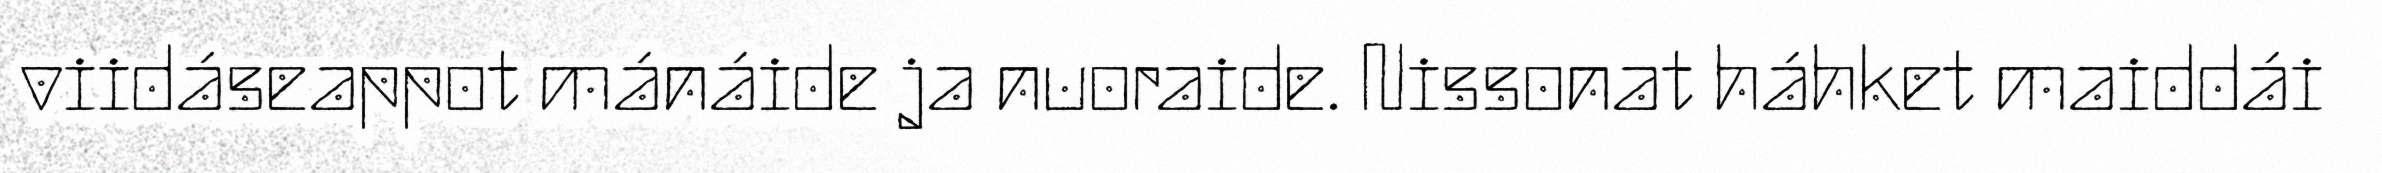
viidáseappot mánáide ja nuoraide. Nissonat háhket maiddái